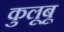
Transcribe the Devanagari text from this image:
कुलूबू